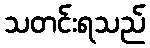
သတင်းရသည်